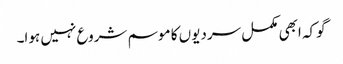
گوکہ ابھی مکمل سردیوں کا موسم شروع نہیں ہوا۔